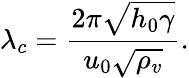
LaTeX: \lambda_{c}=\frac{2\pi\sqrt{h_{0}\gamma}}{u_{0}\sqrt{\rho_{v}}}.